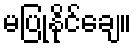
မပြုနိုင်ချေ။